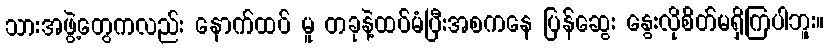
သားအဖွဲ့တွေကလည်း နောက်ထပ် မူ တခုနဲ့ထပ်မံပြီးအစကနေ ပြန်ဆွေး နွေးလိုစိတ်မရှိကြပါဘူး။